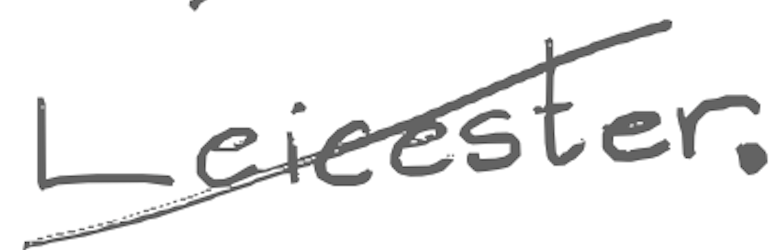
Text: Leicester.
Cross-out: mix
Writing tool: digital_gray